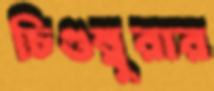
চিগুম্বুরার